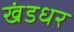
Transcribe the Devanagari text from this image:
खंडधर